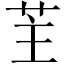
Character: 𦭦